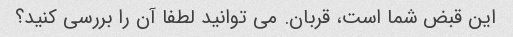
این قبض شما است، قربان. می توانید لطفا آن را بررسی کنید؟